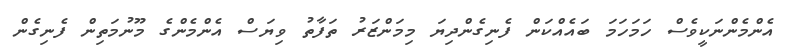
އެންމެންނަކީވެސް ހަމަހަމަ ބައެއްކަން ފެނިގެންދިޔަ މިމަންޒަރު ތަފާތު ވިޔަސް އެންމެންގެ މޫނުމަތިން ފެނިގެން